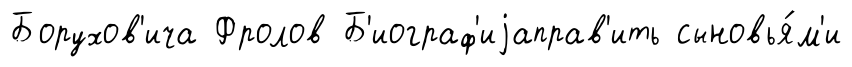
Борухов'ича Фролов Б'иограф'иjаправ'ить сыновья́м'и